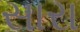
સારા